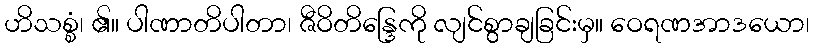
ဟိသစ္စံ၊ ၏။ ပါဏာတိပါတာ၊ ဇီဝိတိန္ဒြေကို လျင်စွာချခြင်းမှ။ ဝေရဏအာဒယော၊